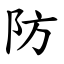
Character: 防